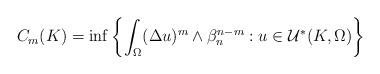
LaTeX: \begin{align*}\begin{aligned}C_m(K)=\inf\left\{\int_{\Omega}(\Delta u)^m\wedge\beta_n^{n-m}: u\in\mathcal{U}^*(K,\Omega)\right\}\end{aligned}\end{align*}